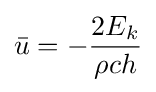
{\bar {u}}=-{\frac {2E_{k}}{\rho ch}}